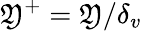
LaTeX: \mathfrak{Y}^{+}=\mathfrak{Y}/\delta_{v}